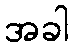
အခါ